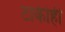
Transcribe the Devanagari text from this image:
टाकीही